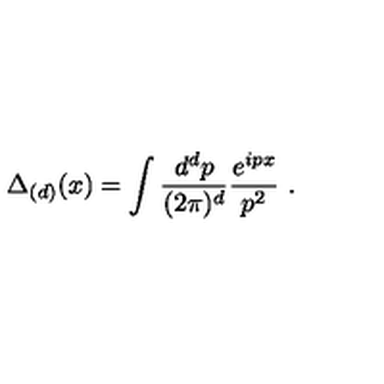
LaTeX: \Delta _ { ( d ) } ( x ) = \int { \frac { d ^ { d } p } { ( 2 \pi ) ^ { d } } } { \frac { e ^ { i p x } } { p ^ { 2 } } } \ .